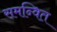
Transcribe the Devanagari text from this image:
समन्‍वित